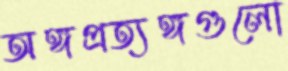
অঙ্গপ্রত্যঙ্গগুলো